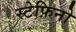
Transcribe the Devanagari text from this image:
स्टेफ़िनो